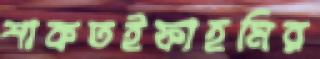
শাকতইফাহমির